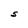
Character: S